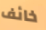
خائف